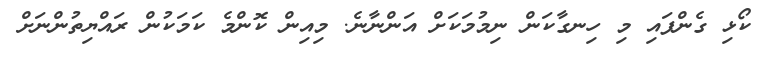
ކޯޅި ގެންފައި މި ހިނގާކަން ނިމުމަކަށް އަންނާނެ. މިއިން ކޮންމެ ކަމަކުން ރައްޔިތުންނަށް